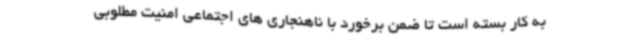
به کار بسته است تا ضمن برخورد با ناهنجاری های اجتماعی امنیت مطلوبی